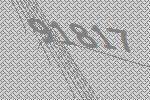
91817